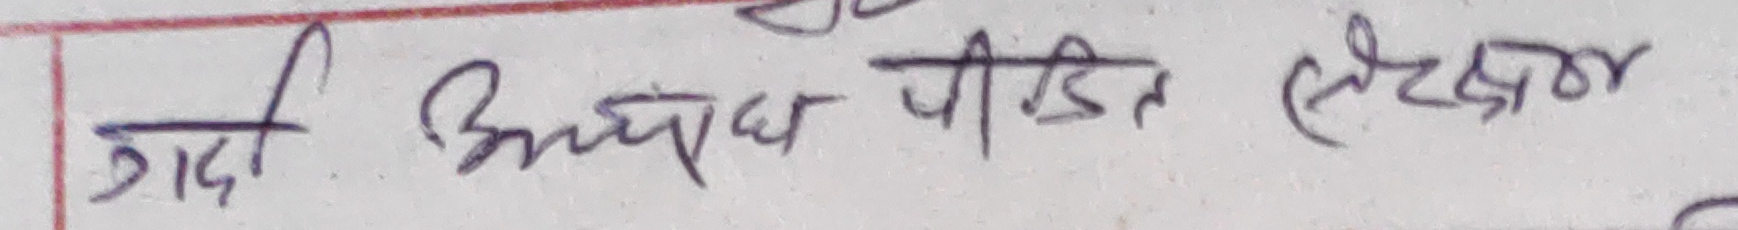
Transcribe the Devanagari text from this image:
गादी अंध पीडित लेखक